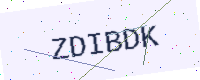
Text: ZDIBDK